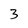
Character: 3